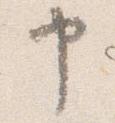
申